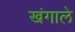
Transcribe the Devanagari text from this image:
खंगाले